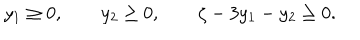
y _ { 1 } \geq 0 , \qquad y _ { 2 } \geq 0 , \qquad \zeta - 3 y _ { 1 } - y _ { 2 } \geq 0 .